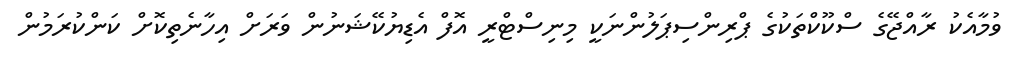
ވުމާއެކު ރާއްޖޭގެ ސްކޫކްތަކުގެ ޕްރިންސިޕަލުންނަކީ މިނިސްޓްރީ އޮފް އެޑިޔުކޭޝަނުން ވަރަށް އިހާނެތިކޮށް ކަންކުރަމުން